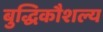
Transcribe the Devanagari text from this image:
बुद्धिकौशल्य